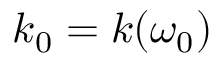
k _ { 0 } = k ( \omega _ { 0 } )